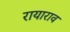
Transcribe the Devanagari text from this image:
रायाराव